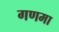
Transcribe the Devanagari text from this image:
गणमा